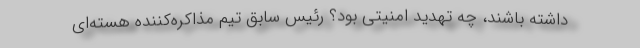
داشته باشند، چه تهدید امنیتی بود؟ رئیس سابق تیم مذاکره‌کننده هسته‌ای